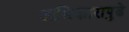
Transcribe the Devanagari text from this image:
अधिकारापुढे